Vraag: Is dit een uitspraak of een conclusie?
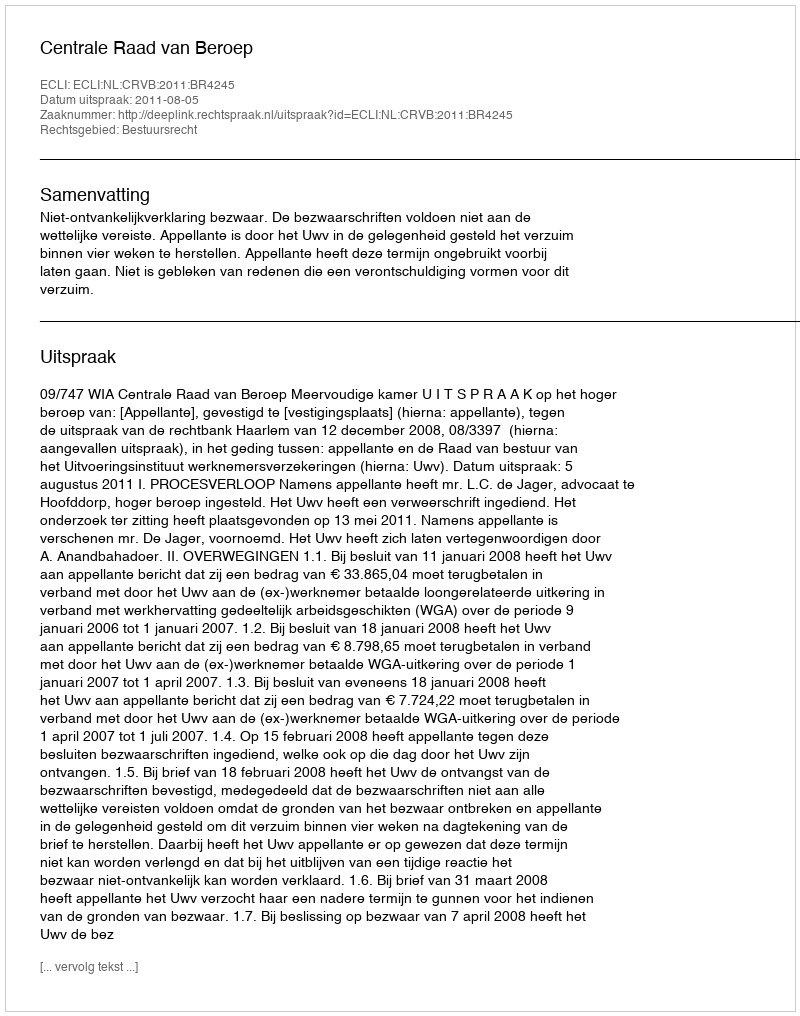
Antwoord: Uitspraak